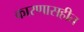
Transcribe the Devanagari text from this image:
कारणासहीत